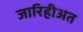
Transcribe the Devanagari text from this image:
जारिहीअत